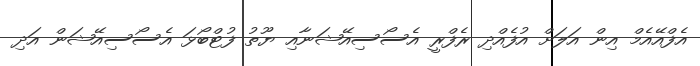
އެފްއޭއެމް އިން އަލަށް އުފެއްދި ރެފްރީ އެސޯސިއޭޝަނާއި ޔޫތު ފުޓްބޯޅަ އެސޯސިއޭޝަން އަދި